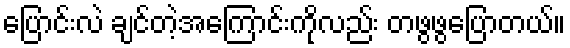
ပြောင်းလဲ ချင်တဲ့အကြောင်းကိုလည်း တဖွဖွပြောတယ်။